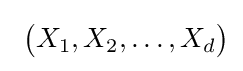
\ {\bigl (}X_{1},X_{2},\dots ,X_{d}{\bigr )}